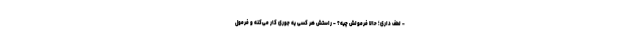
- لطف داری؛ حالا فرمولش چیه؟ - راستش هر کسی یه جوری کار می­کنه و فرمول